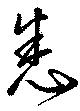
悉